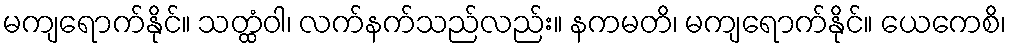
မကျရောက်နိုင်။ သတ္ထံဝါ၊ လက်နက်သည်လည်း။ နကမတိ၊ မကျရောက်နိုင်။ ယေကေစိ၊